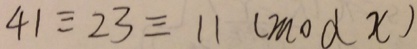
4 1 \equiv 2 3 \equiv 1 1 ( m o d x )